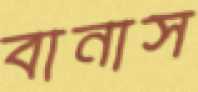
বানাস